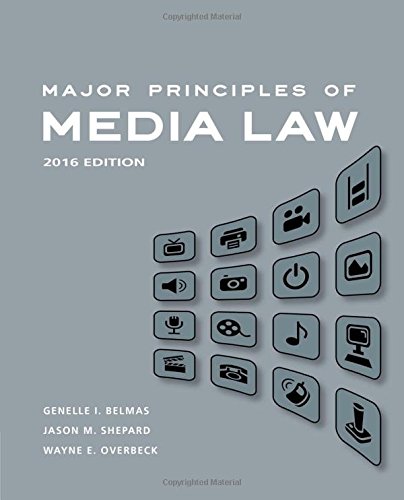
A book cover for Major Principles of Media Law, 2016; Wayne Overbeck; Law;